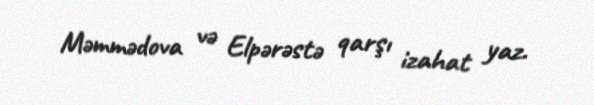
Məmmədova və Elpərəstə qarşı izahat yaz.